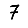
Digit: 7